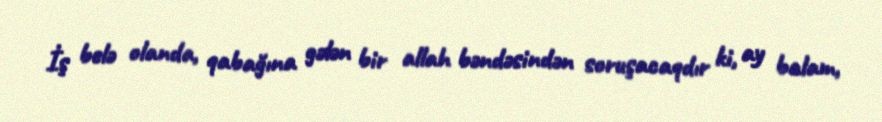
İş belə olanda, qabağına gələn bir allah bəndəsindən soruşacaqdır ki, ay balam,